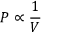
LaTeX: P \propto { \frac { 1 } { V } }